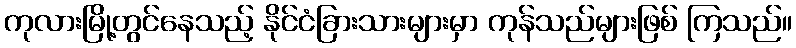
ကုလားမြို့တွင်နေသည့် နိုင်ငံခြားသားများမှာ ကုန်သည်များဖြစ် ကြသည်။